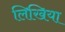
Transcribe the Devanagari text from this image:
लिखिया